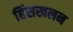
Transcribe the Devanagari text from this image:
हिंसखलन